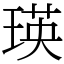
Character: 瑛